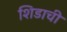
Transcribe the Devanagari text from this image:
शिडाची